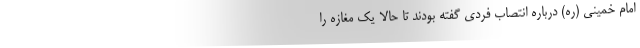
امام خمینی (ره) درباره انتصاب فردی گفته بودند تا حالا یک مغازه را